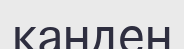
қанден